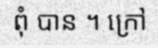
ពុំ បាន ។ ក្រៅ